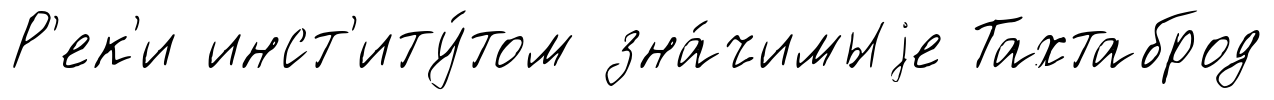
Р'ек'и инст'иту́том зна́чимыjе Тахтаброд